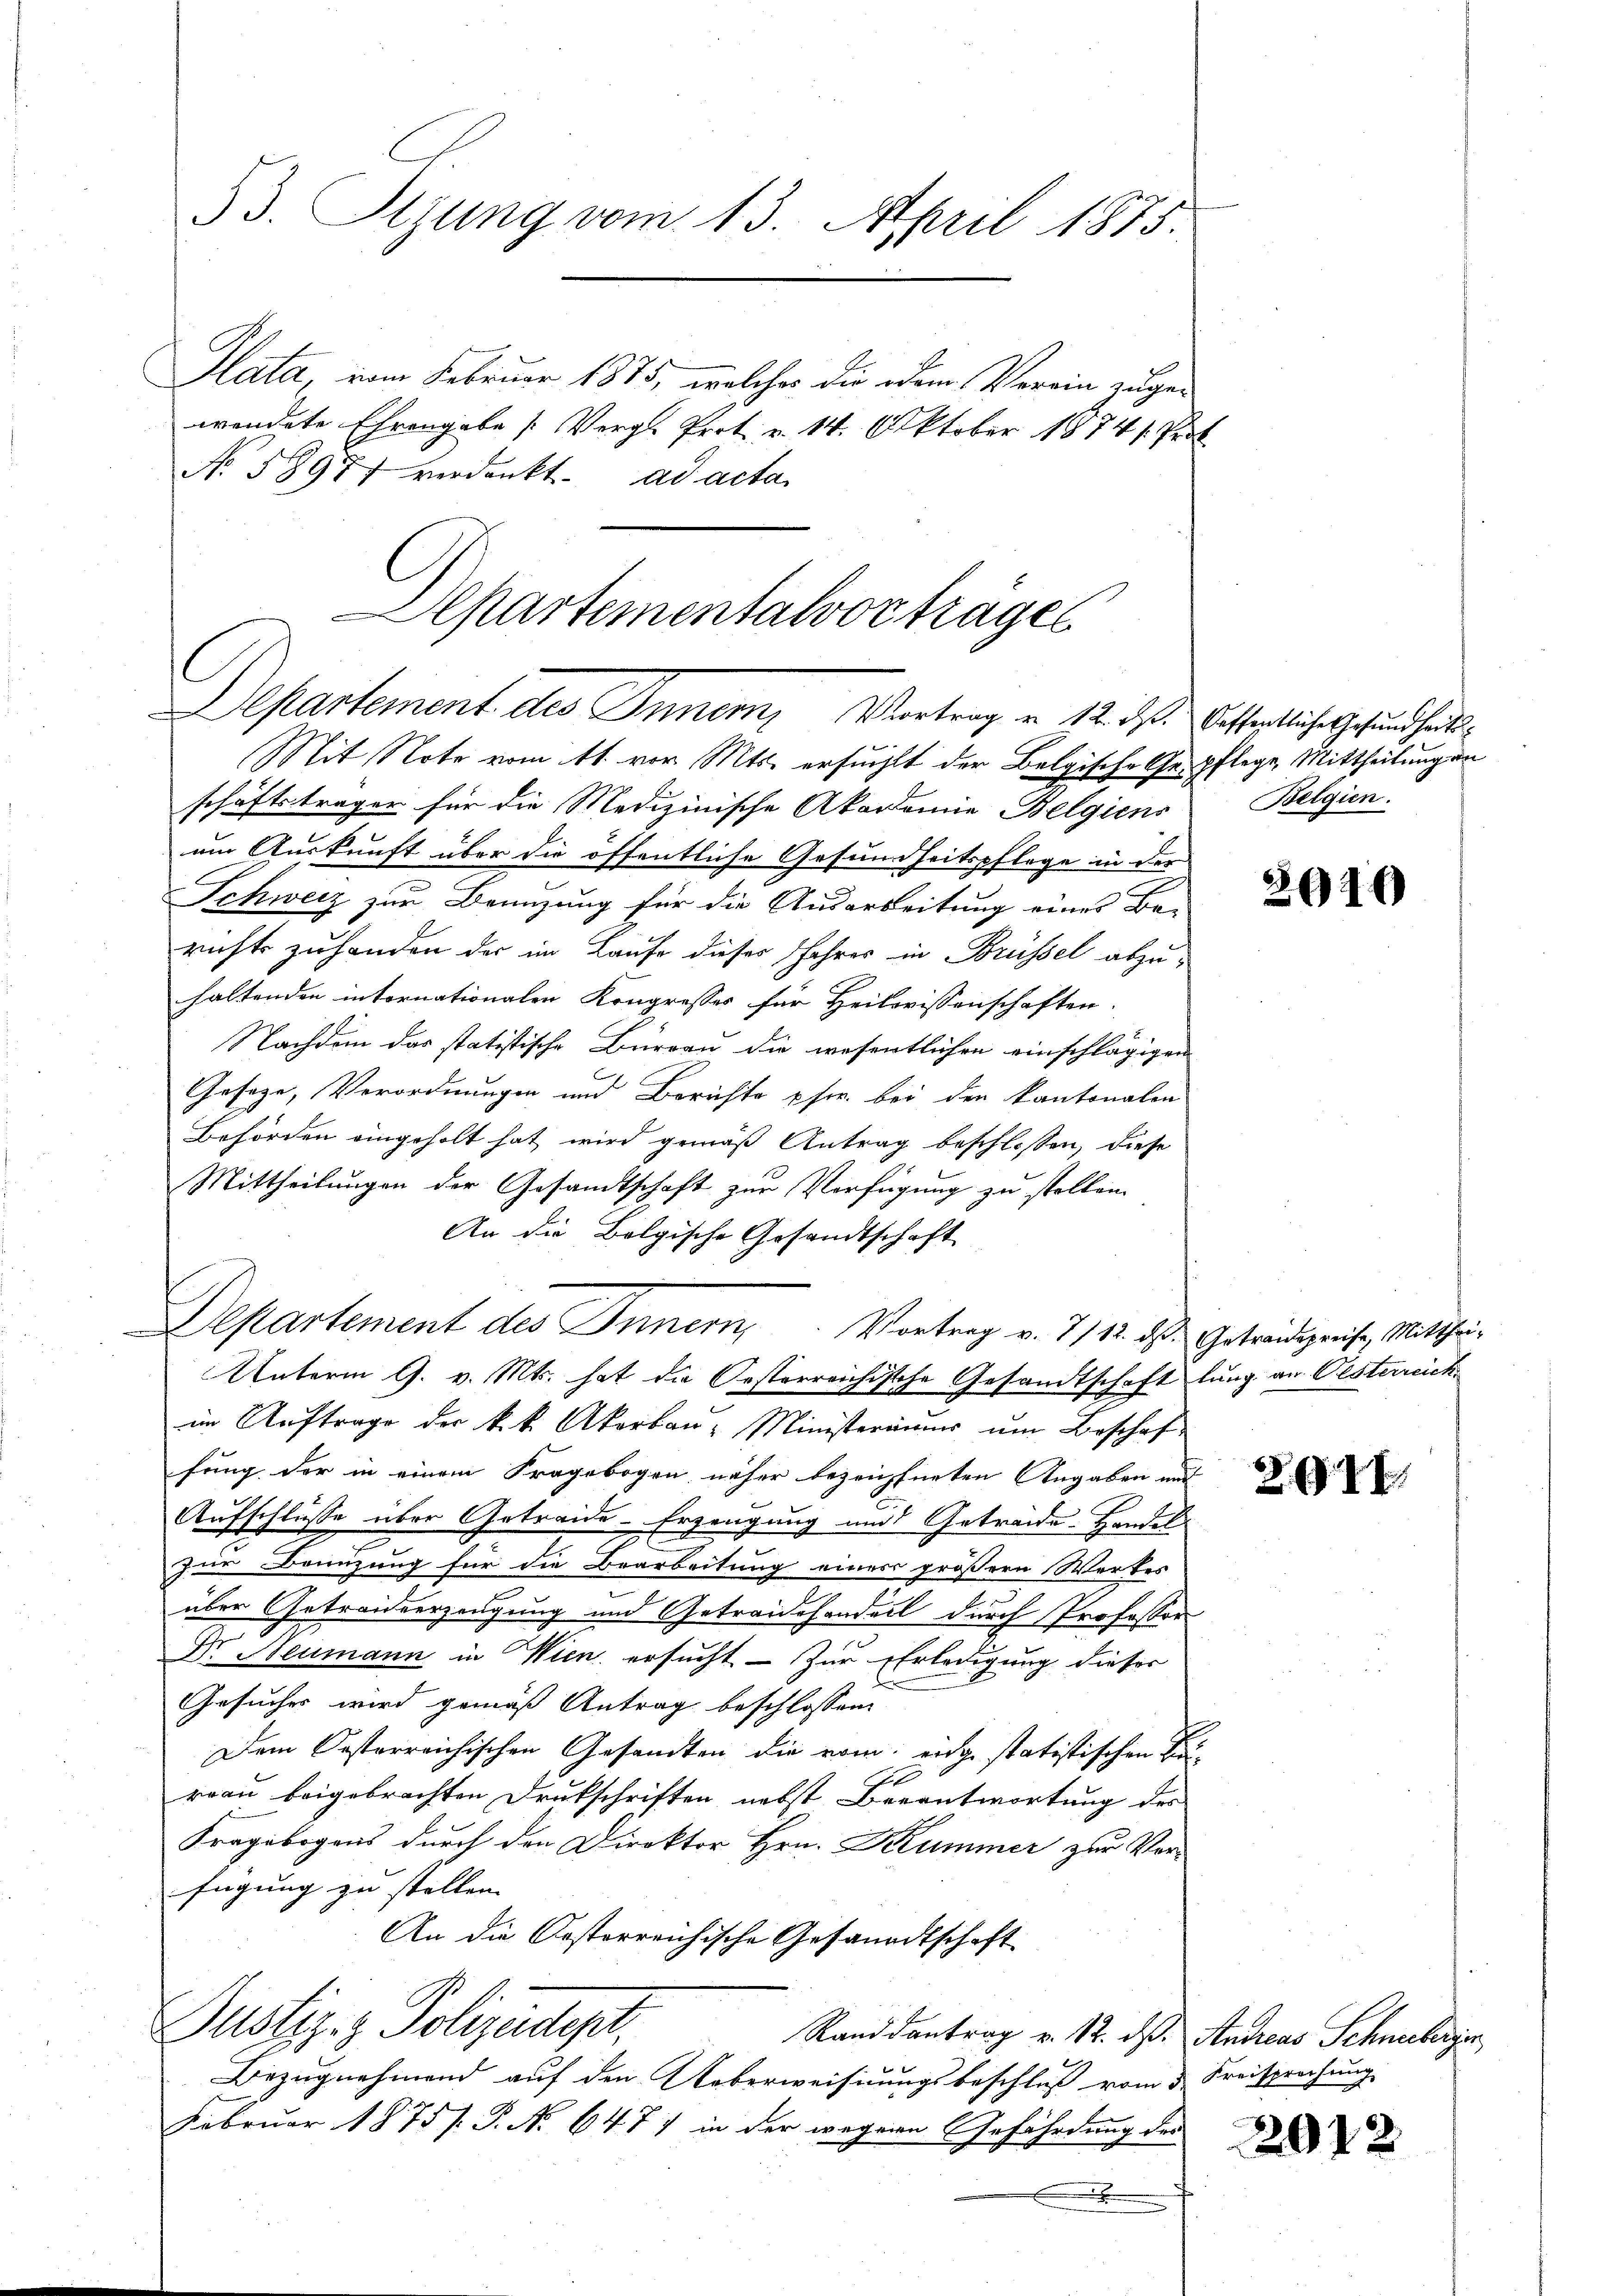
53. Sizung vom 13. April 1875.

Plata, vom Februar 1875, welcher die dem Verein zugewendete Ehrengabe [Vergl. Prot. v. 14. Oktober 18741. Prot
No 58977 verdankt. ad acta
schäftsträger für die Medizinische Akademie Belgiens Belgien.
um Auskunft über die öffentliche Gesundheitspflege in der
Schweiz zur Benuzung für die Ausarbeitung eines Ba-
richts zuhanden der im Laufe dieses Jahres in Brüssel abzuhaltenden internationalen Kongresses für Heilwissenschaften.
Nachdem das statistische Büreau die wesentlichen einschlägigen
Gesage, Verordnungen und Berichte pfer bei den kantonalen
Behörden eingeholt hat wird gemäß Antrag beschlossen, diese
Mittheilungen der Gesamtschaft zur Verfügung zu stellen.
An die Belgische Gesandtschaft
t
Departement des Innern, Vortrag v. 7/12. ds. Getreidigreise, Mitthei-
Unterm 9. v. Mts. hat die Oesterreichische Gesandtschaft lung an Oesterreich
im Auftrage der k.k. Akorbau- Ministeriums um Beschaf
fung der in einem Fragebogen näher bezeichneten Angaben und
Aufschlüsse über Getreide-Erzeugung und Getreide. Handel
zur Benzung für die Bearbeitung einer größern Werkes
über Getreidverzeugung und Getraidehandell durch Professor
Dr Neumann in Wien, ersucht - Zur Erledigung dieser
Gesuches wird gemäß Antrag beschlossen:
Dem Oesterreichischen Gesandten die vom eidge statistischen Be¬
A
rrau beigebrachten Drukschriften, nebst Berantwortung des
Fragebogens durch den Direktor Hrn. Krummer zur Ver-
fügung zu stellen. |
An die Oesterreichische Gesandtschaft
Justiz- & Polizeidigt.
Rand dantrag v. 12. ds. Andreas Schneberger
Bezugnehmend auf den Ueberweisungsbeschluß vom 3. Freisprechung
Februar 1875 /. P. No 647) in der wegene Gefährdung der

lpartementalvorträge
Departement des Inner, Vortrag u. 12. ds. bessentliche Gesundheits¬
Mit Note vom 11. vor. Mts. ersucht der Belgische Gepflege, Mittheilung an

2610

2911.

2912